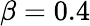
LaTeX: \beta=0.4